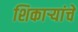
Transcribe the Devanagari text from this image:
शिकार्‍यांचे